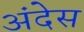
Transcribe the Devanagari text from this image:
अंदेस